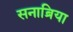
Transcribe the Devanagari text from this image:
सनाब्रिया